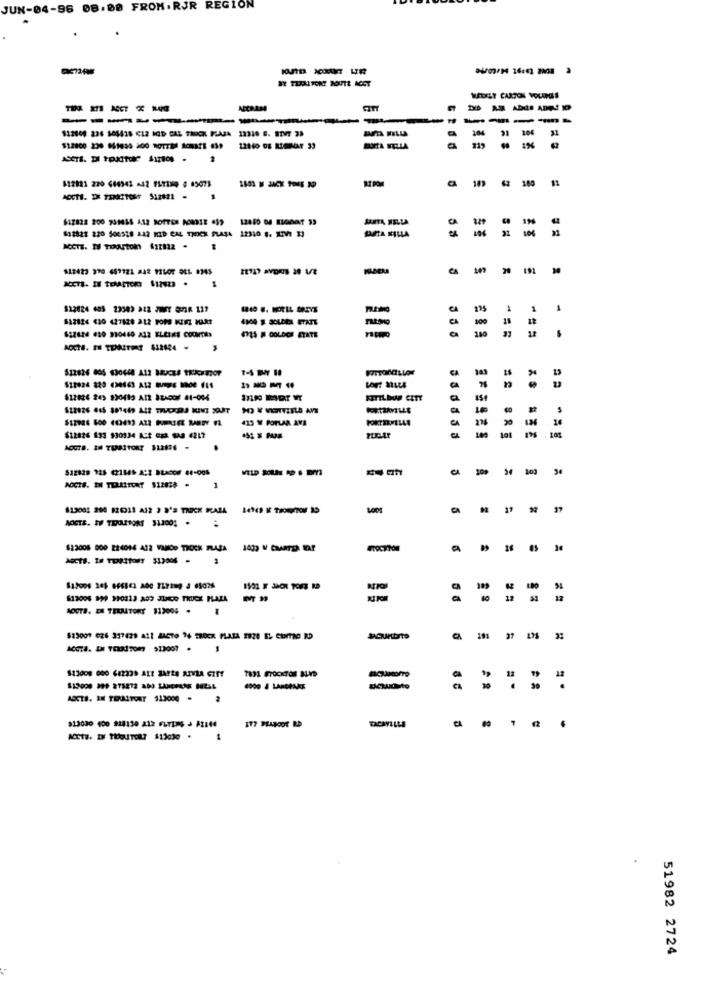
JUN-04-96 08.00 FROM. RJR REGION
WE TERRITORY ROUTE ACCT
-----
pot
---
31 104
109 62 100 11
$32828 220 506518 212 MCD CAL TROCK PLATA 12310 5. X7V: 33
ACCTE. Il TOOurton 412122 .
822423 370 457121 A42 PILOT OEL MAS
CA
e
512826 630 427828 212 POM KURZ MARS
822624 630 910460 212 ELELES CONTAS
===
AOCTB. EH TENRETORT 412634 .
CA
KETILDUW CITY
413 W POTLAR AVE
$12826 533 930134 AS2 633 GAS 4217
NOUTS. 24 TURITORT SURES -
103
1
(19003 204 12011 A12 3 3'S TROCK RAZA
11
AOGTE. IV TEROLISOM 312001 .
..
$12006 000 224014 A12 VAHOP TICKEK PLAZA
a
AGcts. I# FORItoer 312006 -
1
612006 999 310113 809 J100 TRUCK PLAZA
a
12
AOUTB. DE TERRITORY 312006 .
$13001 026 317429 att JAGTo 24 TROCK PLAEA 2820 EL CENTRO RD
a
-
ABCTS. IM TOOSTORT $13000 .
2
TACAVILLE
. . . . .
51982 2724